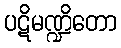
ပဋိမဏ္ဍိတော